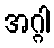
အဂ္ဂါ